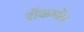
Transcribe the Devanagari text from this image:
रॉकमोंड